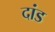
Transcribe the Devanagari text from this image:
दांड